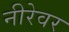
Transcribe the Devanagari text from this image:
नीरेवर